Civil Veterinary Department. Central Provinces & Berar 1925-31 - 1925-1931
Year: 1925
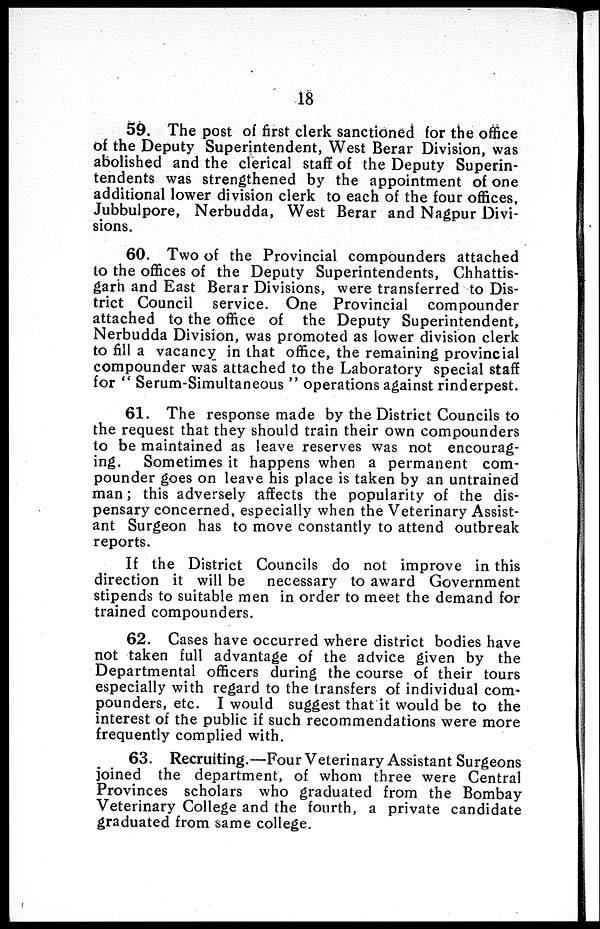
18
59. The post of first clerk sanctioned for the office
of the Deputy Superintendent, West Berar Division, was
abolished and the clerical staff of the Deputy Superin-
tendents was strengthened by the appointment of one
additional lower division clerk to each of the four offices,
Jubbulpore, Nerbudda, West Berar and Nagpur Divi-
sions.
60. Two of the Provincial compounders attached
to the offices of the Deputy Superintendents, Chhattis-
garh and East Berar Divisions, were transferred to Dis-
trict Council service. One Provincial compounder
attached to the office of the Deputy Superintendent,
Nerbudda Division, was promoted as lower division clerk
to fill a vacancy in that office, the remaining provincial
compounder was attached to the Laboratory special staff
for "Serum-Simultaneous" operations against rinderpest.
61. The response made by the District Councils to
the request that they should train their own compounders
to be maintained as leave reserves was not encourag-
ing. Sometimes it happens when a permanent com-
pounder goes on leave his place is taken by an untrained
man; this adversely affects the popularity of the dis-
pensary concerned, especially when the Veterinary Assist-
ant Surgeon has to move constantly to attend outbreak
reports.
If the District Councils do not improve in this
direction it will be necessary to award Government
stipends to suitable men in order to meet the demand for
trained compounders.
62. Cases have occurred where district bodies have
not taken full advantage of the advice given by the
Departmental officers during the course of their tours
especially with regard to the transfers of individual com-
pounders, etc. I would suggest that it would be to the
interest of the public if such recommendations were more
frequently complied with.
63. Recruiting.—Four Veterinary Assistant Surgeons
joined the department, of whom three were Central
Provinces scholars who graduated from the Bombay
Veterinary College and the fourth, a private candidate
graduated from same college.